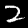
Label: 2